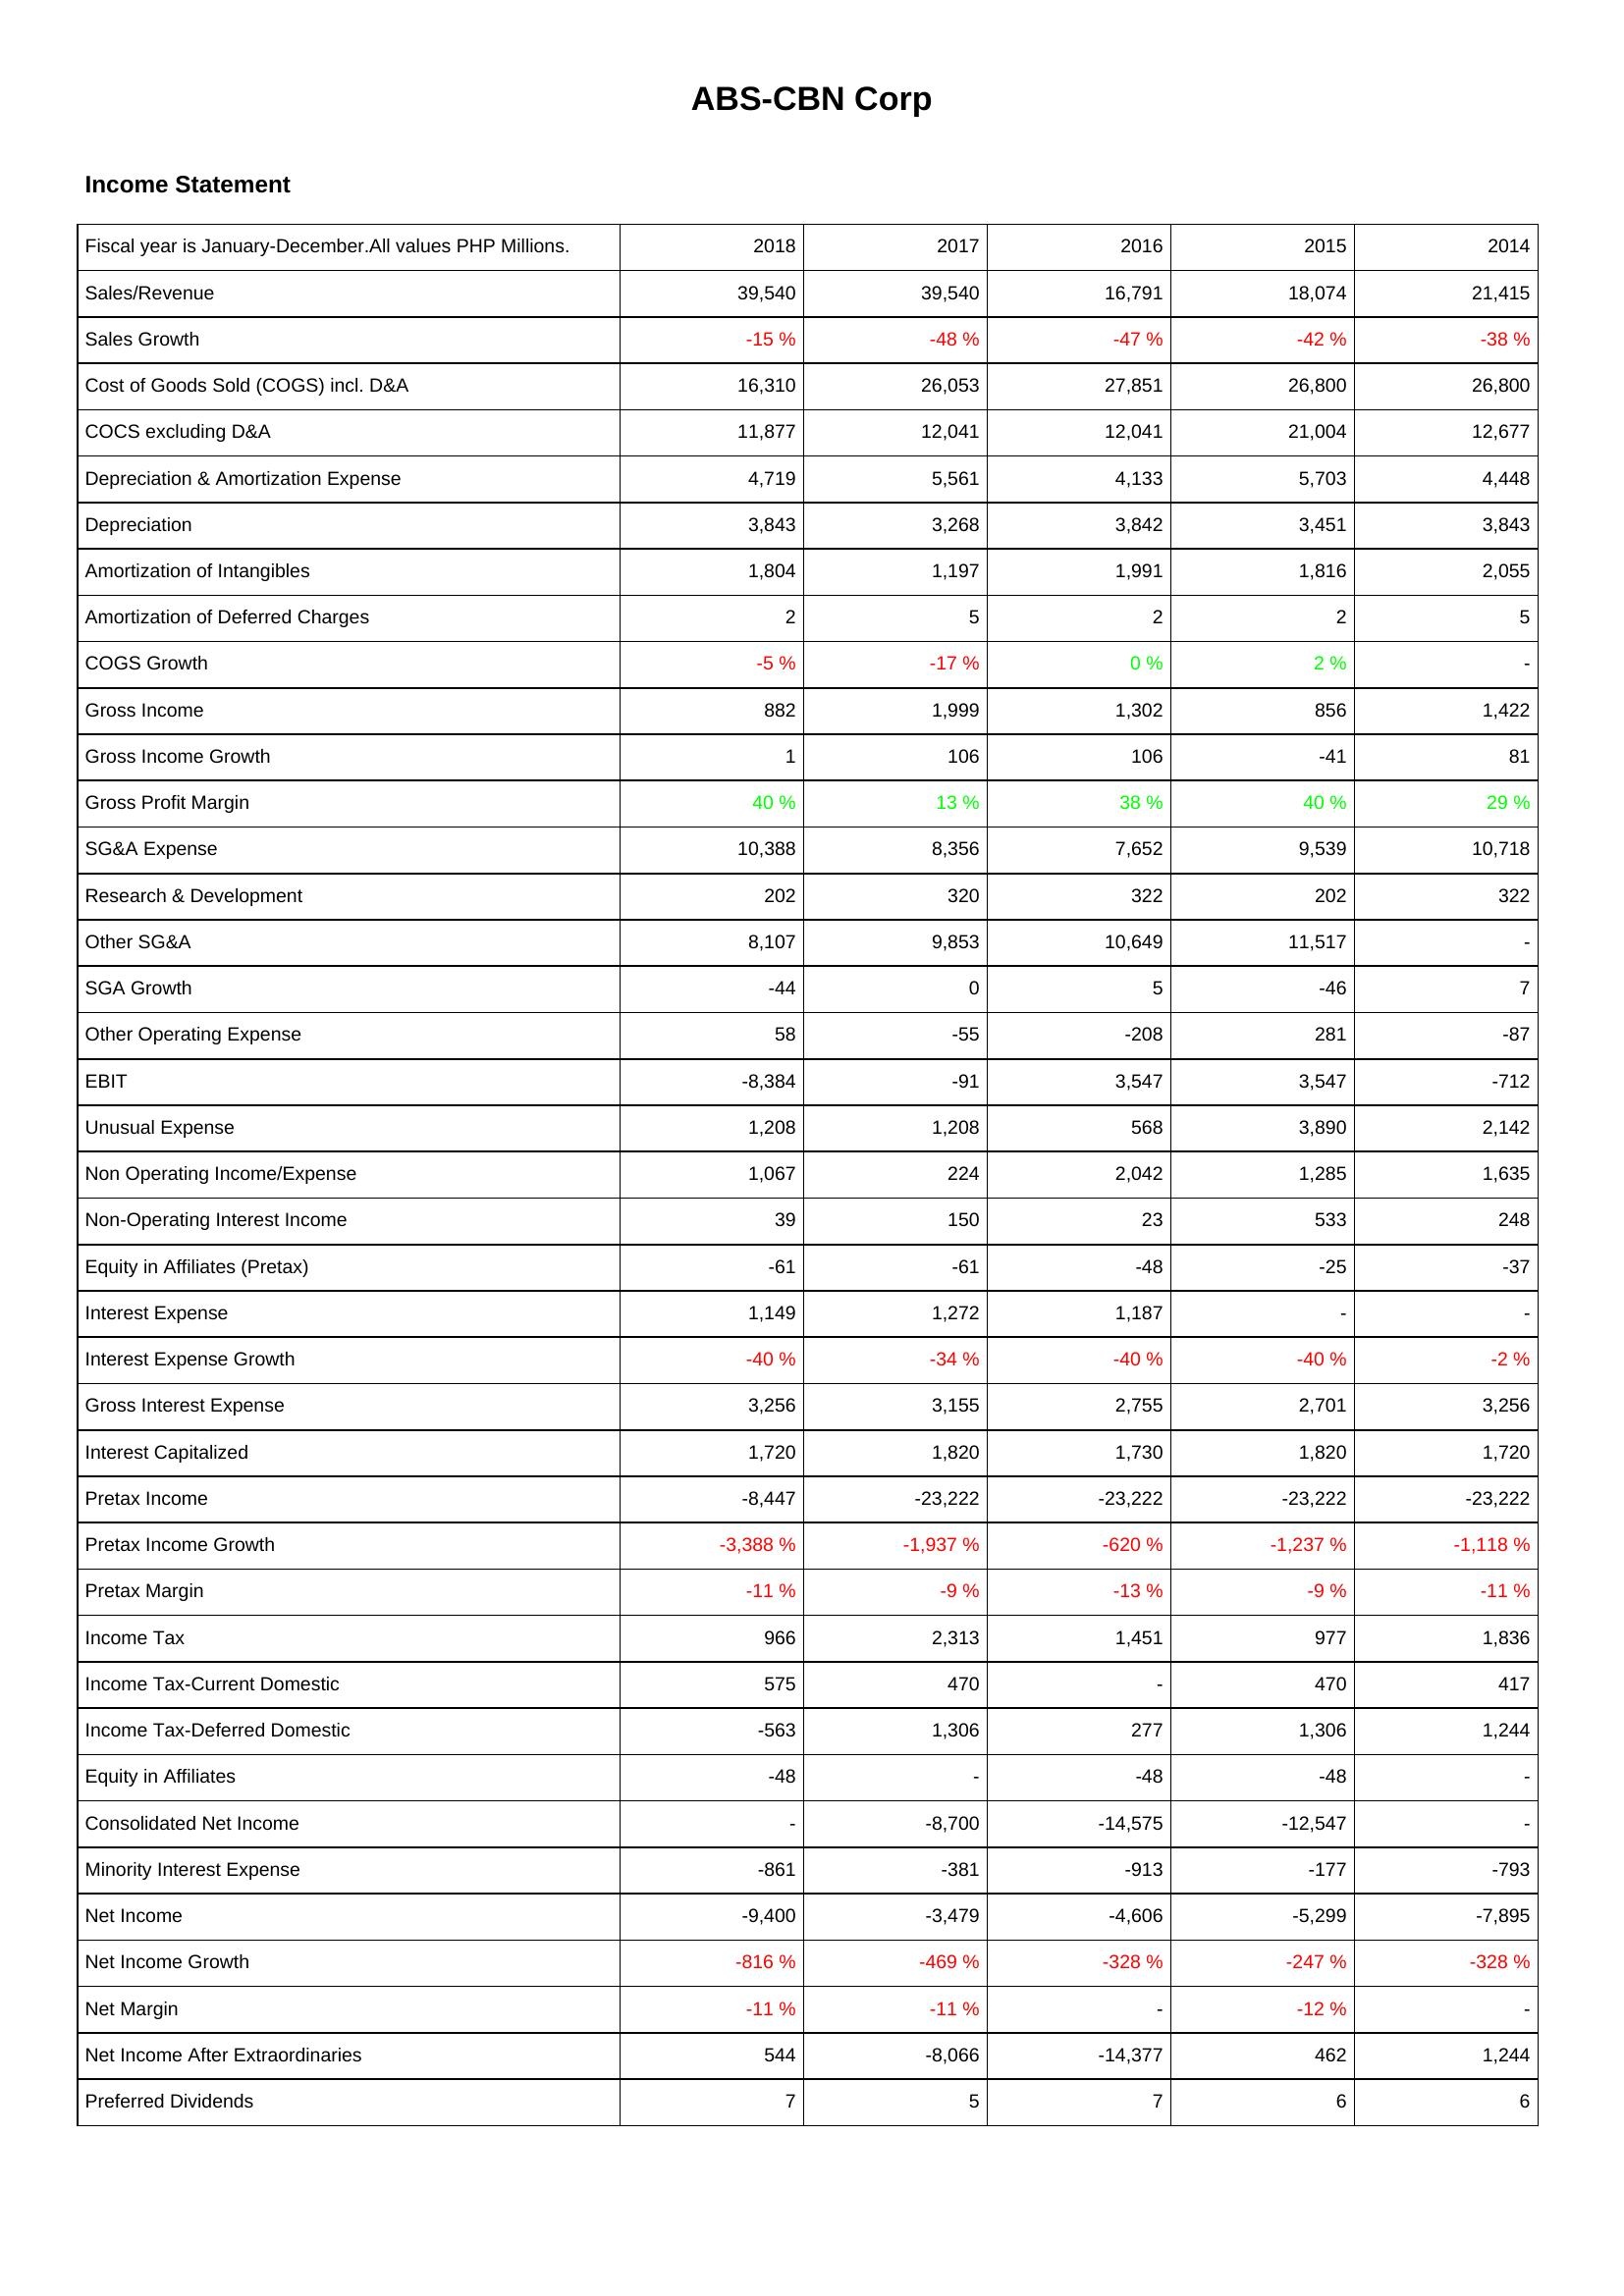
2018: Income Statement: Sales/Revenue: 39,540
Sales Growth: -15 %
Cost of Goods Sold (COGS) incl. D&A: 16,310
COCS excluding D&A: 11,877
Depreciation & Amortization Expense: 4,719
Depreciation: 3,843
Amortization of Intangibles: 1,804
Amortization of Deferred Charges: 2
COGS Growth: -5 %
Gross Income: 882
Gross Income Growth: 1
Gross Profit Margin: 40 %
SG&A Expense: 10,388
Research & Development: 202
Other SG&A: 8,107
SGA Growth: -44
Other Operating Expense: 58
EBIT: -8,384
Unusual Expense: 1,208
Non Operating Income/Expense: 1,067
Non-Operating Interest Income: 39
Equity in Affiliates (Pretax): -61
Interest Expense: 1,149
Interest Expense Growth: -40 %
Gross Interest Expense: 3,256
Interest Capitalized: 1,720
Pretax Income: -8,447
Pretax Income Growth: -3,388 %
Pretax Margin: -11 %
Income Tax: 966
Income Tax-Current Domestic: 575
Income Tax-Deferred Domestic: -563
Equity in Affiliates: -48
Consolidated Net Income: -
Minority Interest Expense: -861
Net Income: -9,400
Net Income Growth: -816 %
Net Margin: -11 %
Net Income After Extraordinaries: 544
Preferred Dividends: 7
2017: Income Statement: Sales/Revenue: 39,540
Sales Growth: -48 %
Cost of Goods Sold (COGS) incl. D&A: 26,053
COCS excluding D&A: 12,041
Depreciation & Amortization Expense: 5,561
Depreciation: 3,268
Amortization of Intangibles: 1,197
Amortization of Deferred Charges: 5
COGS Growth: -17 %
Gross Income: 1,999
Gross Income Growth: 106
Gross Profit Margin: 13 %
SG&A Expense: 8,356
Research & Development: 320
Other SG&A: 9,853
SGA Growth: 0
Other Operating Expense: -55
EBIT: -91
Unusual Expense: 1,208
Non Operating Income/Expense: 224
Non-Operating Interest Income: 150
Equity in Affiliates (Pretax): -61
Interest Expense: 1,272
Interest Expense Growth: -34 %
Gross Interest Expense: 3,155
Interest Capitalized: 1,820
Pretax Income: -23,222
Pretax Income Growth: -1,937 %
Pretax Margin: -9 %
Income Tax: 2,313
Income Tax-Current Domestic: 470
Income Tax-Deferred Domestic: 1,306
Equity in Affiliates: -
Consolidated Net Income: -8,700
Minority Interest Expense: -381
Net Income: -3,479
Net Income Growth: -469 %
Net Margin: -11 %
Net Income After Extraordinaries: -8,066
Preferred Dividends: 5
2016: Income Statement: Sales/Revenue: 16,791
Sales Growth: -47 %
Cost of Goods Sold (COGS) incl. D&A: 27,851
COCS excluding D&A: 12,041
Depreciation & Amortization Expense: 4,133
Depreciation: 3,842
Amortization of Intangibles: 1,991
Amortization of Deferred Charges: 2
COGS Growth: 0 %
Gross Income: 1,302
Gross Income Growth: 106
Gross Profit Margin: 38 %
SG&A Expense: 7,652
Research & Development: 322
Other SG&A: 10,649
SGA Growth: 5
Other Operating Expense: -208
EBIT: 3,547
Unusual Expense: 568
Non Operating Income/Expense: 2,042
Non-Operating Interest Income: 23
Equity in Affiliates (Pretax): -48
Interest Expense: 1,187
Interest Expense Growth: -40 %
Gross Interest Expense: 2,755
Interest Capitalized: 1,730
Pretax Income: -23,222
Pretax Income Growth: -620 %
Pretax Margin: -13 %
Income Tax: 1,451
Income Tax-Current Domestic: -
Income Tax-Deferred Domestic: 277
Equity in Affiliates: -48
Consolidated Net Income: -14,575
Minority Interest Expense: -913
Net Income: -4,606
Net Income Growth: -328 %
Net Margin: -
Net Income After Extraordinaries: -14,377
Preferred Dividends: 7
2015: Income Statement: Sales/Revenue: 18,074
Sales Growth: -42 %
Cost of Goods Sold (COGS) incl. D&A: 26,800
COCS excluding D&A: 21,004
Depreciation & Amortization Expense: 5,703
Depreciation: 3,451
Amortization of Intangibles: 1,816
Amortization of Deferred Charges: 2
COGS Growth: 2 %
Gross Income: 856
Gross Income Growth: -41
Gross Profit Margin: 40 %
SG&A Expense: 9,539
Research & Development: 202
Other SG&A: 11,517
SGA Growth: -46
Other Operating Expense: 281
EBIT: 3,547
Unusual Expense: 3,890
Non Operating Income/Expense: 1,285
Non-Operating Interest Income: 533
Equity in Affiliates (Pretax): -25
Interest Expense: -
Interest Expense Growth: -40 %
Gross Interest Expense: 2,701
Interest Capitalized: 1,820
Pretax Income: -23,222
Pretax Income Growth: -1,237 %
Pretax Margin: -9 %
Income Tax: 977
Income Tax-Current Domestic: 470
Income Tax-Deferred Domestic: 1,306
Equity in Affiliates: -48
Consolidated Net Income: -12,547
Minority Interest Expense: -177
Net Income: -5,299
Net Income Growth: -247 %
Net Margin: -12 %
Net Income After Extraordinaries: 462
Preferred Dividends: 6
2014: Income Statement: Sales/Revenue: 21,415
Sales Growth: -38 %
Cost of Goods Sold (COGS) incl. D&A: 26,800
COCS excluding D&A: 12,677
Depreciation & Amortization Expense: 4,448
Depreciation: 3,843
Amortization of Intangibles: 2,055
Amortization of Deferred Charges: 5
COGS Growth: -
Gross Income: 1,422
Gross Income Growth: 81
Gross Profit Margin: 29 %
SG&A Expense: 10,718
Research & Development: 322
Other SG&A: -
SGA Growth: 7
Other Operating Expense: -87
EBIT: -712
Unusual Expense: 2,142
Non Operating Income/Expense: 1,635
Non-Operating Interest Income: 248
Equity in Affiliates (Pretax): -37
Interest Expense: -
Interest Expense Growth: -2 %
Gross Interest Expense: 3,256
Interest Capitalized: 1,720
Pretax Income: -23,222
Pretax Income Growth: -1,118 %
Pretax Margin: -11 %
Income Tax: 1,836
Income Tax-Current Domestic: 417
Income Tax-Deferred Domestic: 1,244
Equity in Affiliates: -
Consolidated Net Income: -
Minority Interest Expense: -793
Net Income: -7,895
Net Income Growth: -328 %
Net Margin: -
Net Income After Extraordinaries: 1,244
Preferred Dividends: 6